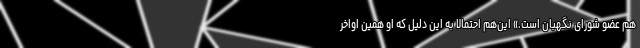
هم عضو شورای نگهبان است.» این‌هم احتمالا به این دلیل که او همین اواخر